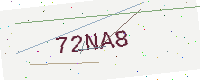
Text: 72NA8